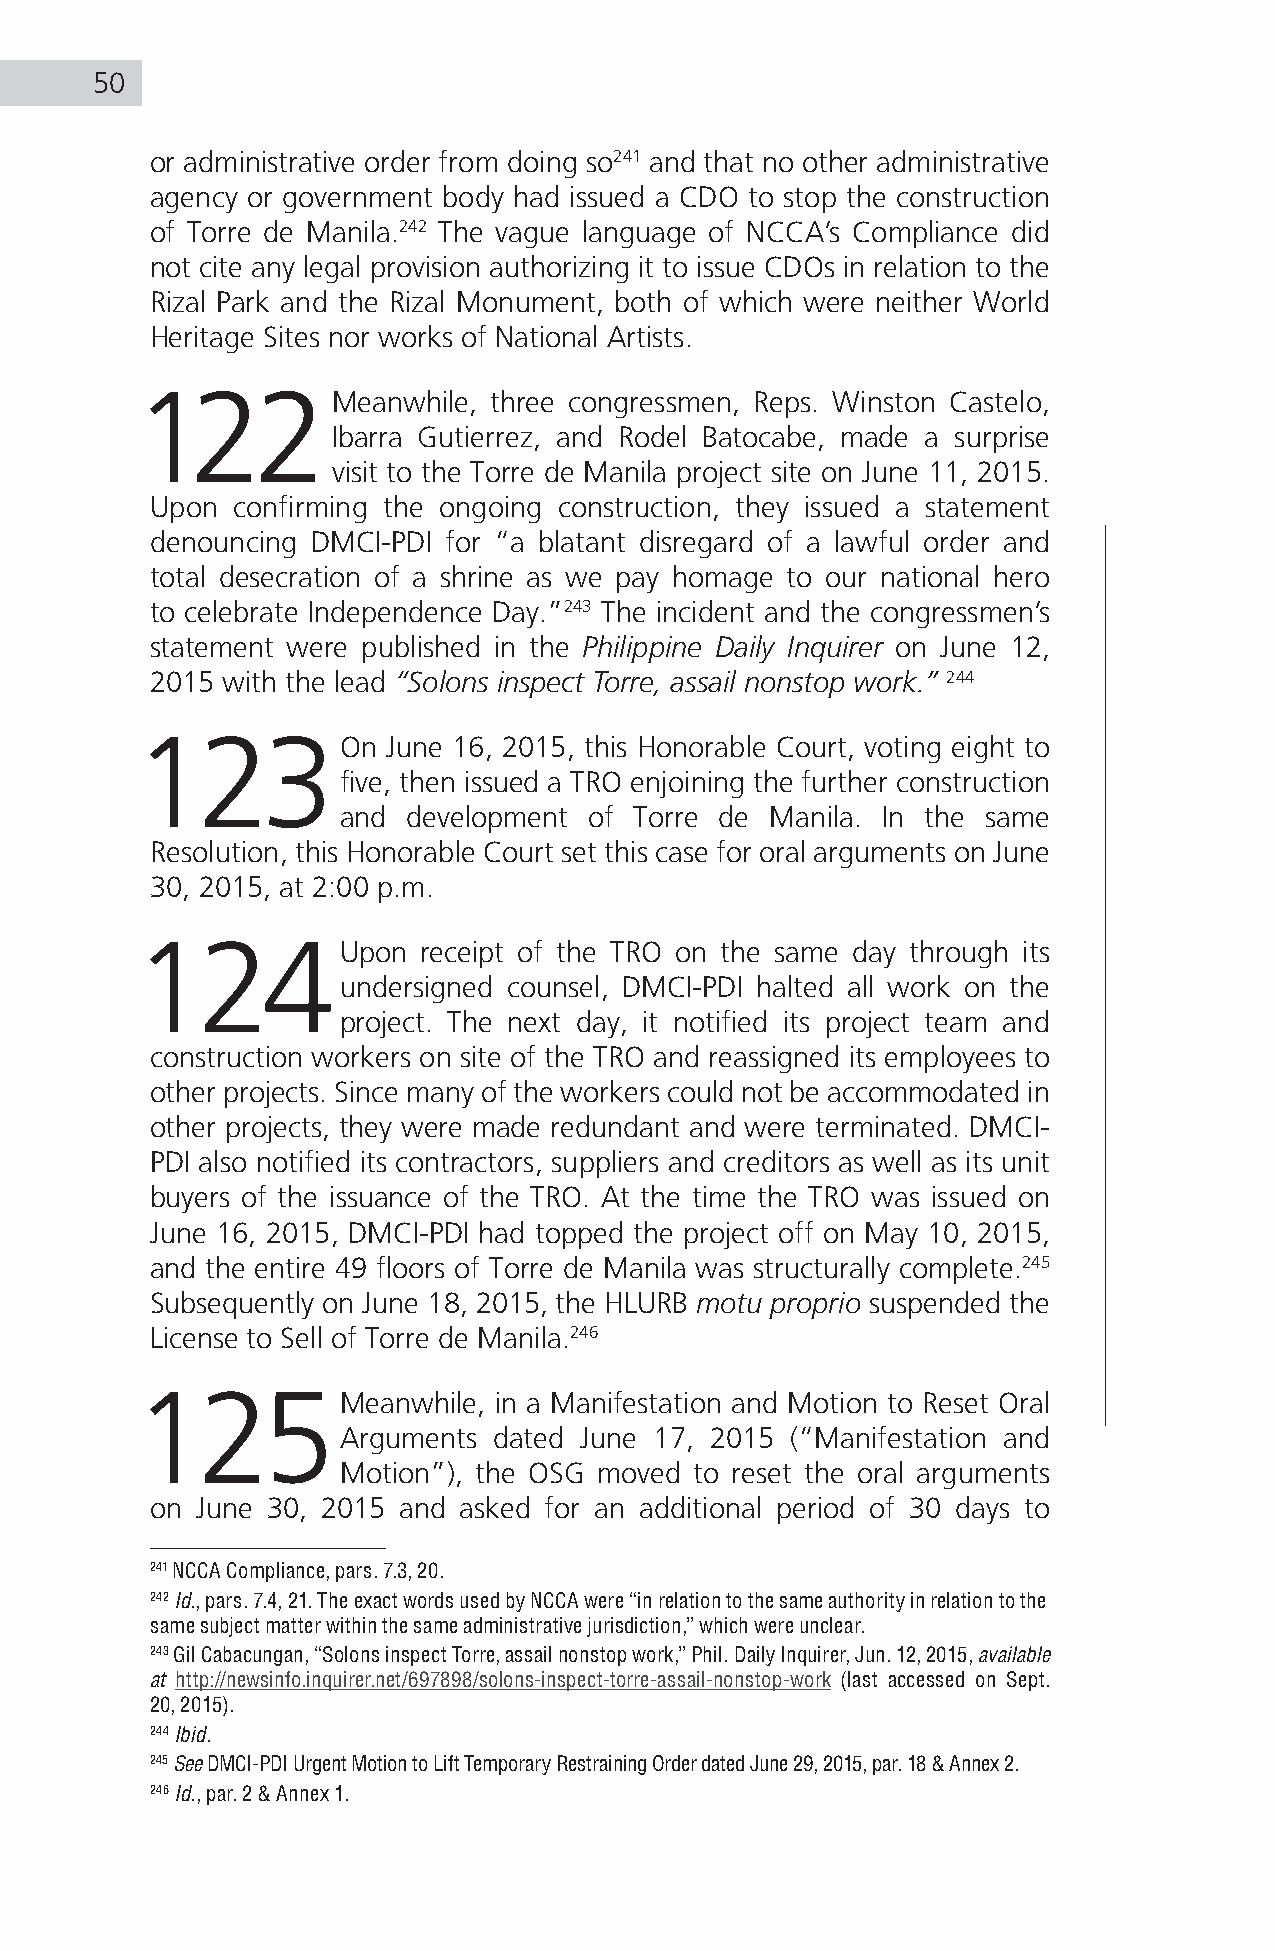
50
 or administrative order from doing so241 and that no other administrative
 agency or government body had issued a CDO to stop the construction
 of Torre de Manila.242 The vague language of NCCA’s Compliance did
 not cite any legal provision authorizing it to issue CDOs in relation to the
 Rizal Park and the Rizal Monument, both of which were neither World
 Heritage Sites nor works of National Artists.
 122Meanwhile,          three congressmen, Reps. Winston Castelo,
 Ibarra Gutierrez, and Rodel Batocabe, made a surprise
 visit to the Torre de Manila project site on June 11, 2015.
 Upon confirming the ongoing construction, they issued a statement
 denouncing DMCI-PDI for “a blatant disregard of a lawful order and
 total desecration of a shrine as we pay homage to our national hero
 to celebrate Independence Day.”243 The incident and the congressmen’s
 statement were published in the Philippine Daily Inquirer on June 12,
 2015 with the lead “Solons inspect Torre, assail nonstop work.” 244
 123On            June 16, 2015, this Honorable Court, voting eight to
 five, then issued a TRO enjoining the further construction
 and  development of Torre de Manila. In the same
 Resolution, this Honorable Court set this case for oral arguments on June
 30, 2015, at 2:00 p.m.
 124Upon            receipt of the TRO on the same day through its
 undersigned counsel, DMCI-PDI halted all work on the
 project. The next day, it notified its project team and
 construction workers on site of the TRO and reassigned its employees to
 other projects. Since many of the workers could not be accommodated in
 other projects, they were made redundant and were terminated. DMCI-
 PDI also notified its contractors, suppliers and creditors as well as its unit
 buyers of the issuance of the TRO. At the time the TRO was issued on
 June 16, 2015, DMCI-PDI had topped the project off on May 10, 2015,
 and the entire 49 floors of Torre de Manila was structurally complete.245
 Subsequently on June 18, 2015, the HLURB motu proprio suspended the
 License to Sell of Torre de Manila.246
 125Meanwhile,           in a Manifestation and Motion to Reset Oral
 Arguments  dated June 17, 2015 (“Manifestation and
 Motion”), the OSG moved to reset the oral arguments
 on June 30, 2015 and asked for an additional period of 30 days to
 241 NCCA Compliance, pars. 7.3, 20.
 242 Id., pars. 7.4, 21. The exact words used by NCCA were “in relation to the same authority in relation to the
 same subject matter within the same administrative jurisdiction,” which were unclear.
 243 Gil Cabacungan, “Solons inspect Torre, assail nonstop work,” Phil. Daily Inquirer, Jun. 12, 2015, available
 at http://newsinfo.inquirer.net/697898/solons-inspect-torre-assail-nonstop-work (last accessed on Sept.
 20, 2015).
 244 Ibid.
 245 See DMCI-PDI Urgent Motion to Lift Temporary Restraining Order dated June 29, 2015, par. 18 & Annex 2.
 246 Id., par. 2 & Annex 1.